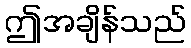
ဤအချိန်သည်